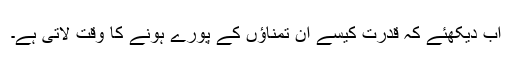
اب دیکھئے کہ قدرت کیسے ان تمناؤں کے پورے ہونے کا وقت لاتی ہے۔